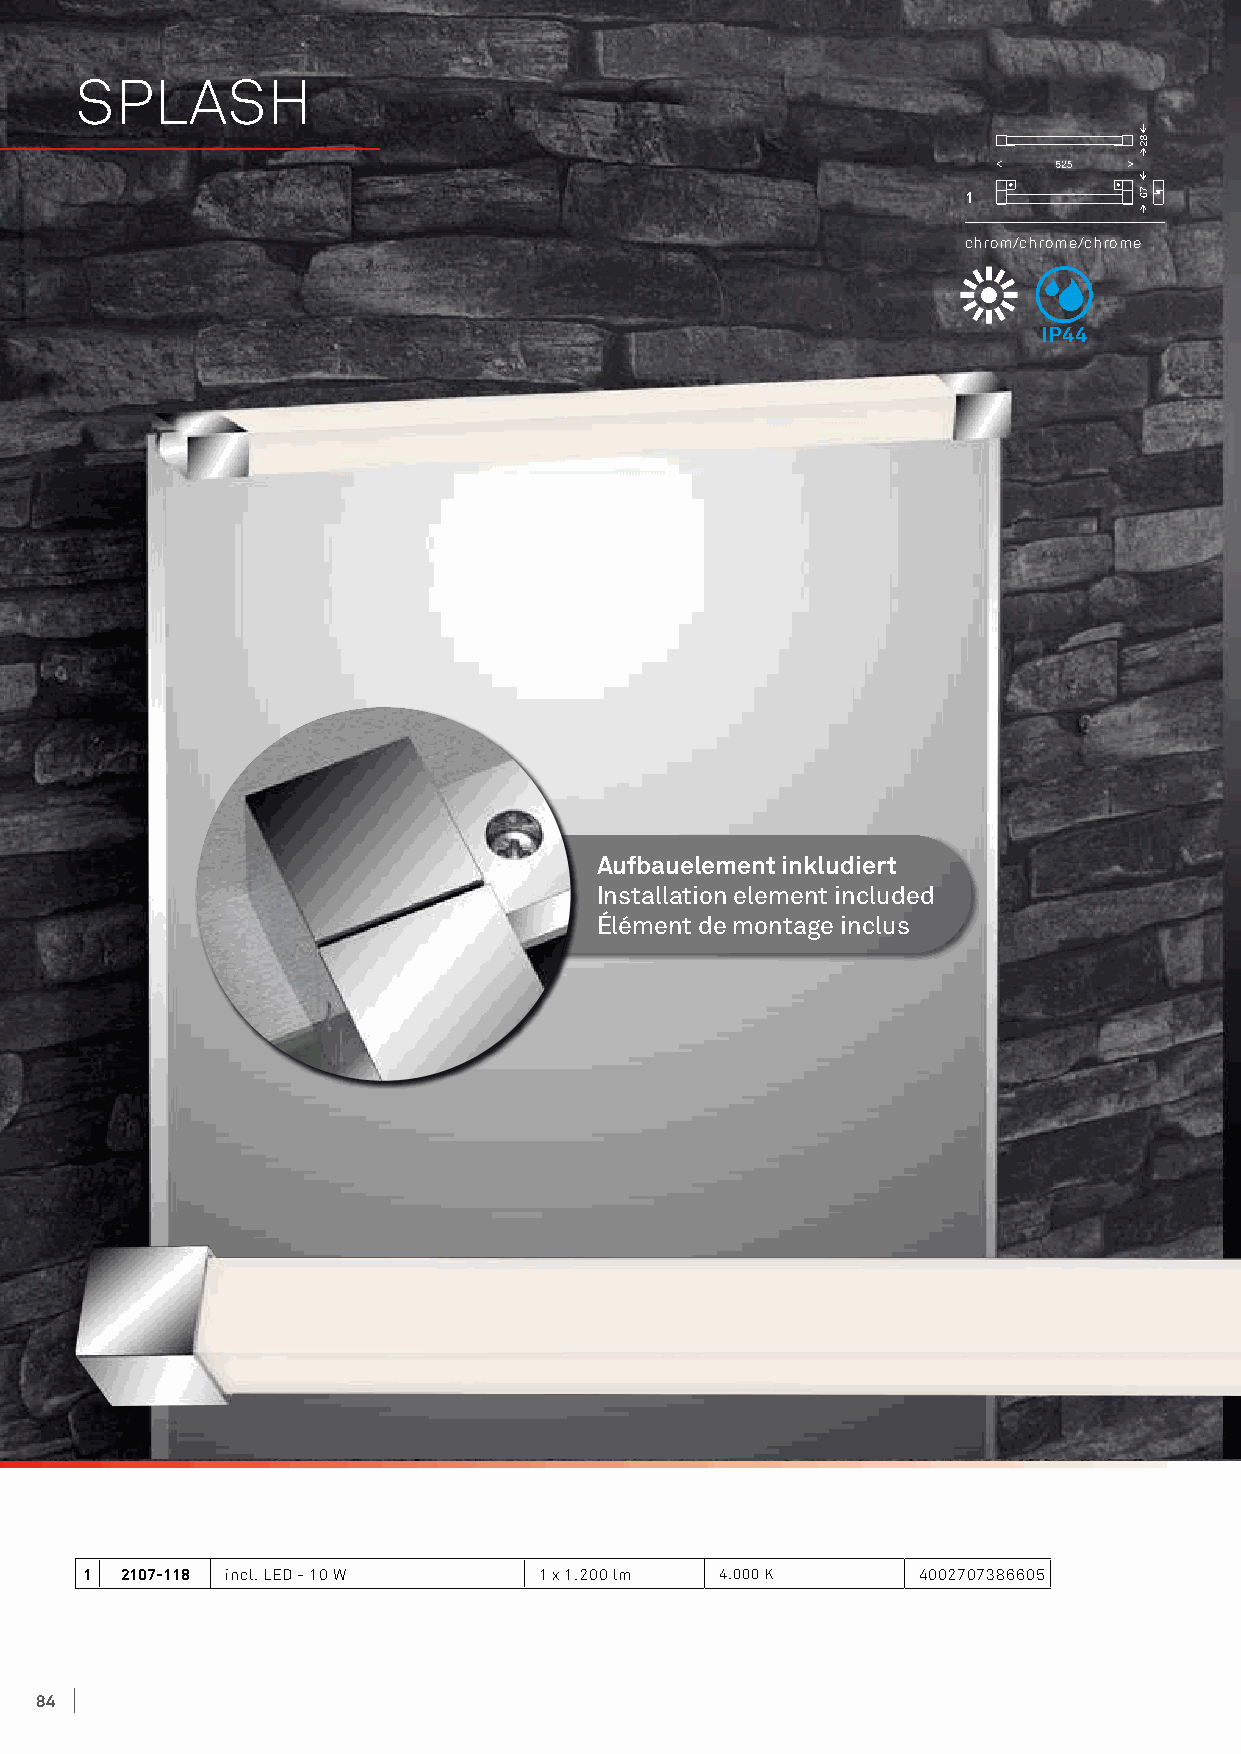
SPLASH
 1
 chrom/chrome/chrome
 IP44
 Aufbauelement inkludiert
 Installation element included
 Élément de montage inclus
 1 2107-118 incl. LED - 10 W   1 x 1.200 lm 4.000 K     4002707386605
 84